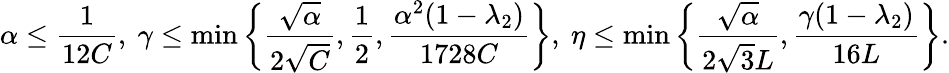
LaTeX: \alpha\leq\frac{1}{12C},\ \gamma\leq\operatorname*{min}\left\{ \frac{\sqrt{\alpha}}{2\sqrt{C}},\frac{1}{2},\frac{\alpha^{2}(1-\lambda_{2})}{1728C}\right\} ,\ \eta\leq\operatorname*{min}\left\{ \frac{\sqrt{\alpha}}{2\sqrt{3}L},\frac{\gamma(1-\lambda_{2})}{16L}\right\} .